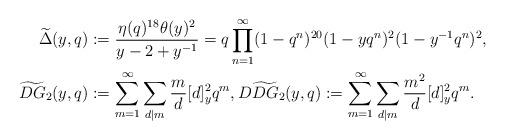
LaTeX: \begin{align*}\widetilde\Delta(y,q)&:= \frac{\eta(q)^{18}\theta(y)^2}{y-2+y^{-1}} =q \prod_{n=1}^{\infty}(1-q^n)^{20}(1-yq^n)^{2}(1-y^{-1}q^n)^2,\\\widetilde{DG}_2(y,q)&:=\sum_{m= 1}^\infty \sum_{d | m} \frac{m}{d}[d]_y^2q^{m}, D\widetilde{DG}_2(y,q):=\sum_{m= 1}^\infty \sum_{d | m} \frac{m^2}{d}[d]_y^2 q^{m} .\end{align*}